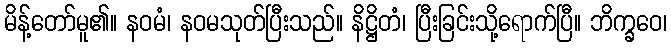
မိန့်တော်မူ၏။ နဝမံ၊ နဝမသုတ်ပြီးသည်။ နိဋ္ဌိတံ၊ ပြီးခြင်းသို့ရောက်ပြီ။ ဘိက္ခဝေ၊